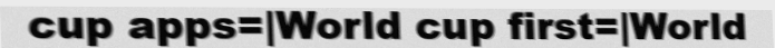
cup apps=|World cup first=|World